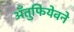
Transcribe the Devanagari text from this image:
अँतुफियेवने